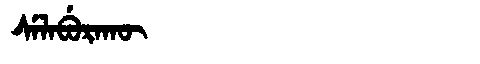
Manchu: ᠰᡝᠯᠠᠪᡠᡵᠠᡴᡡ
Romanization: SELABURAKŪ